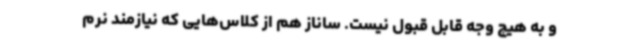
و به هیچ وجه قابل قبول نیست. ساناز هم از کلاس‌هایی که نیازمند نرم